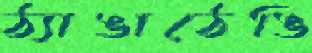
ঠ্যাঙাঠেঙি